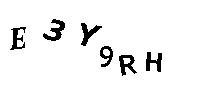
E3Y9RH